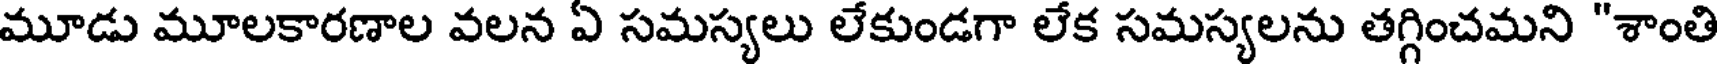
మూడు మూలకారణాల వలన ఏ సమస్యలు లేకుండగా లేక సమస్యలను తగ్గించమని "శాంతి